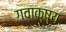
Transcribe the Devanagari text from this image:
गवाक्ष्य